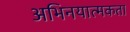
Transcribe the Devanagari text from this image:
अभिनयात्मकता